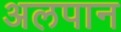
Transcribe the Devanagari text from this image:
अलपान